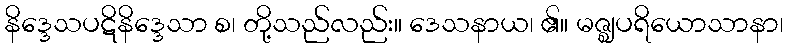
နိဒ္ဒေသပဋိနိဒ္ဒေသာ စ၊ တို့သည်လည်း။ ဒေသနာယ၊ ၏။ မဇ္ဈပရိယောသာနာ၊